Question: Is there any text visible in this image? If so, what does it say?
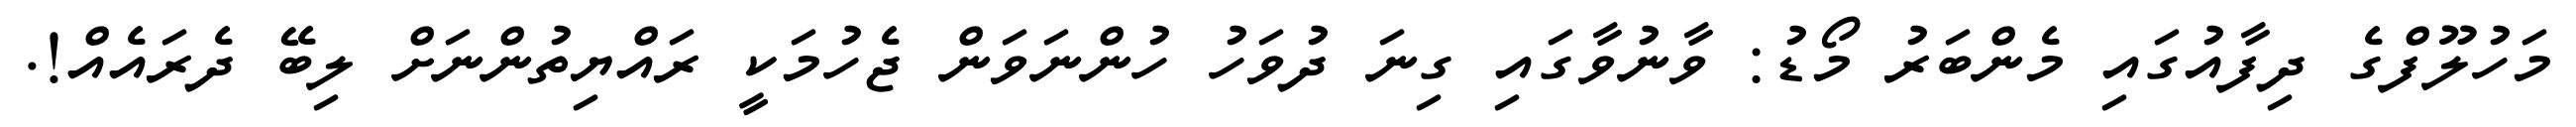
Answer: މަހުލޫފްގެ ދިފާއުގައި މެންބަރު މޯޑު: ވާނުވާގައި ގިނަ ދުވަހު ހުންނަވަން ޖެހުމަކީ ރައްޔިތުންނަށް ލިބޭ ދެރައެއް!.